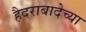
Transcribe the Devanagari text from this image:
हैदराबादेच्या